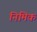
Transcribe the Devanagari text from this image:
निमिक